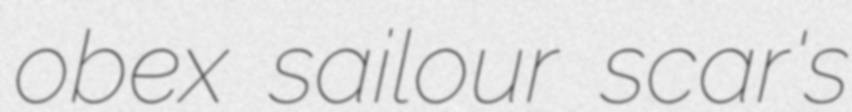
obex sailour scar's